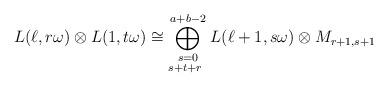
LaTeX: \begin{align*}L(\ell, r\omega) \otimes L(1, t\omega) \cong \bigoplus_{\substack{s = 0\\ s + t+r \ }}^{a+b-2} L(\ell+1, s\omega) \otimes M_{r+1, s+1}\end{align*}